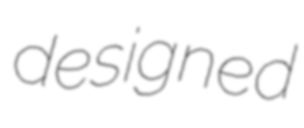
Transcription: designed